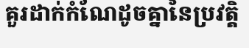
គួរដាក់កំណែដូចគ្នានៃប្រវត្តិ